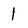
Character: l